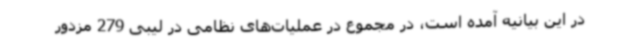
در این بیانیه آمده است، در مجموع در عملیات‌های نظامی در لیبی 279 مزدور